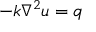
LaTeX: - k \nabla ^ { 2 } u = q